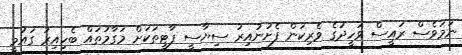
ނަމަވެސް ރައީސް ވަހީދުގެ ވެރިކަން ފެށުނުއިރު ސިޔާސީ ޕާޓީތަކަށް މަގާމުތައް ބެހިއިރު ގައުމީ